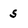
Character: S